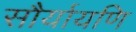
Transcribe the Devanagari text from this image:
सौर्यायणि